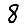
Digit: 8